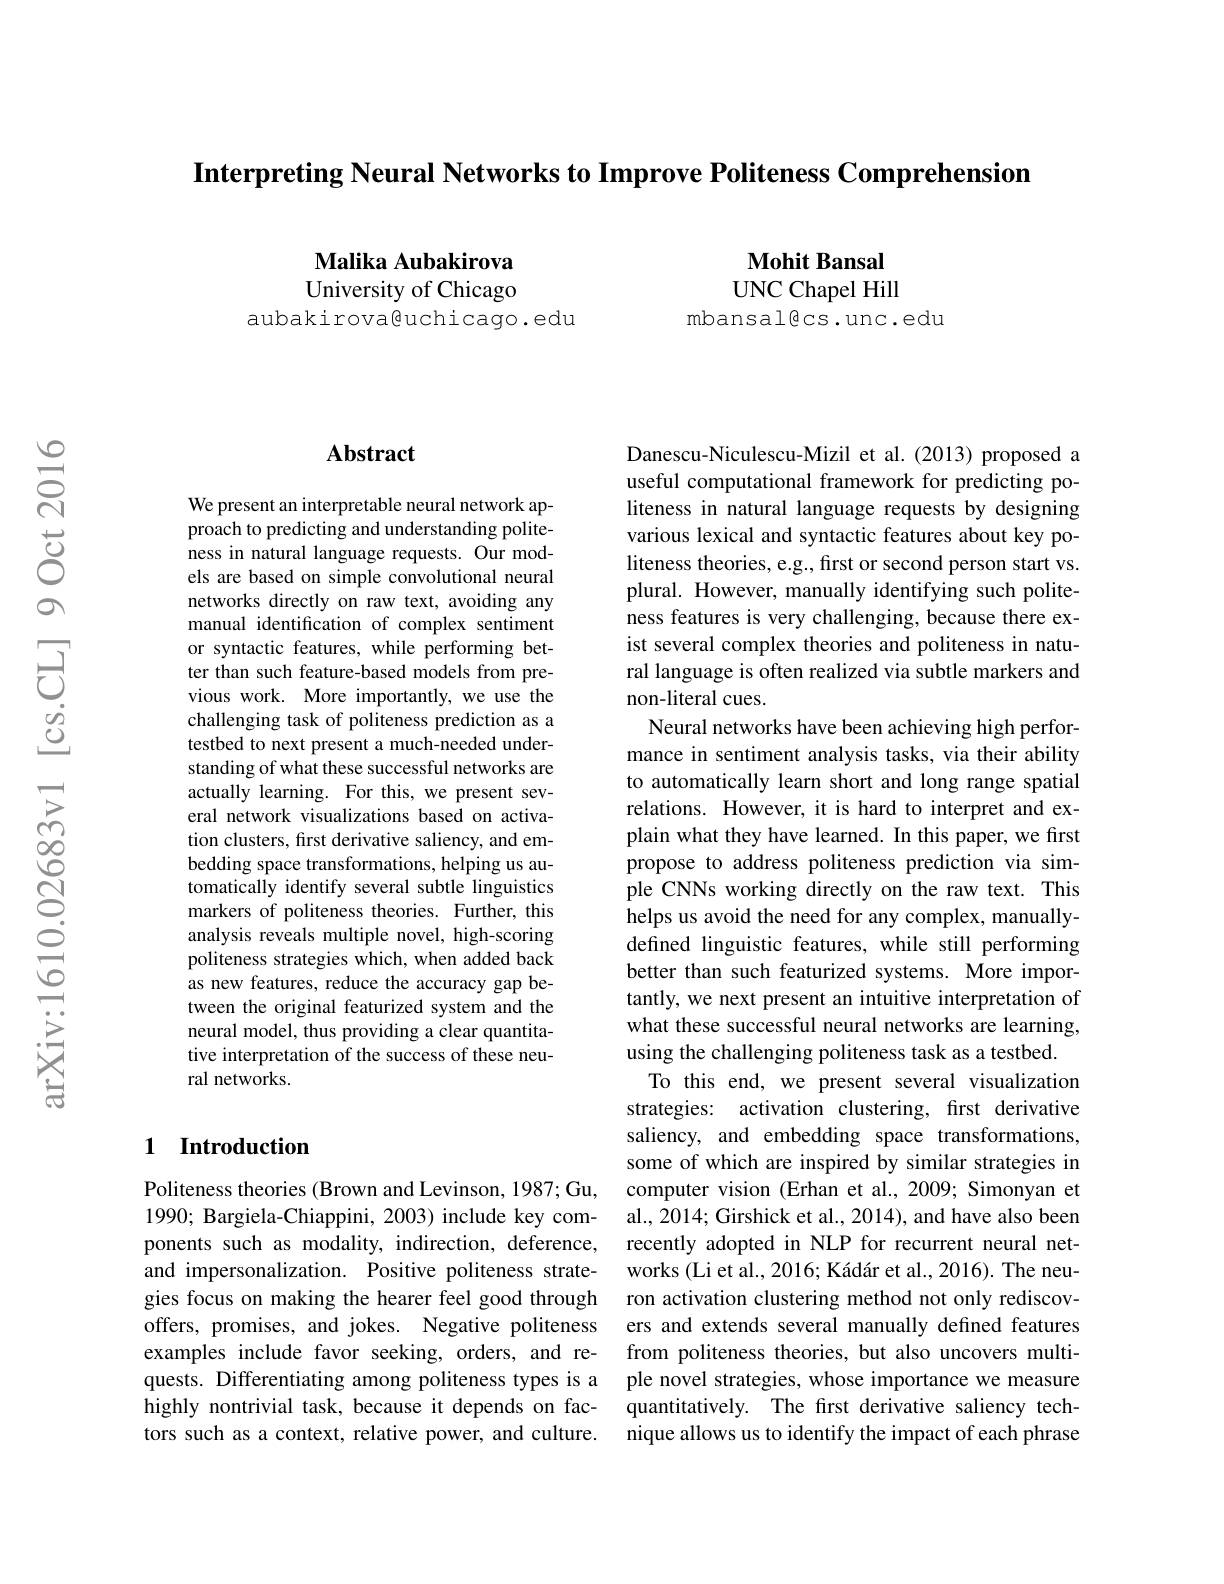
Interpreting Neural Networks to Improve Politeness Comprehension

Malika Aubakirova University of Chicago
aubakirova@uchicago.edu

$\mathbf{Mohit}$ Bansal UNC Chapel Hill
mbansalecs.unc.edu

### $\mathbf{Abstract}$

We present an interpretable neural network approach to predicting and understanding politeness in natural language requests. Our models are based on simple convolutional neural networks directly on raw text, avoiding any manual identification of complex sentiment or syntactic features, while performing better than such feature-based models from previous work. More importantly, we use the challenging task of politeness prediction as a testbed to next present a much-needed understanding of what these successful networks are actually learning. For this, we present several network visualizations based on activation clusters, first derivative saliency, and embedding space transformations, helping us automatically identify several subtle linguistics markers of politeness theories. Further, this analysis reveals multiple novel, high-scoring politeness strategies which, when added back as new features, reduce the accuracy gap between the original featurized system and the neural model, thus providing a clear quantitative interpretation of the success of these neural networks.

## 1 Introduction

Politeness theories (Brown and Levinson, 1987; Gu, 1990; Bargiela-Chiappini, 2003) include key comand impersonalization. Positive politeness stratetors such as a context, relative power, and culture.

Danescu-Niculescu-Mizil et al.(2013) proposed a useful computational framework for predicting politeness in natural language requests by designing various lexical and syntactic features about key politeness theories, e.g., first or second person start vs. plural. However, manually identifying such politeness features is very challenging, because there exist several complex theories and politeness in natural language is often realized via subtle markers and non-literal cues.
Neural networks have been achieving high performance in sentiment analysis tasks, via their ability to automatically learn short and long range spatial relations. However, it is hard to interpret and explain what they have learned. In this paper, we first propose to address politeness prediction via simple CNNs working directly on the raw text. This helps us avoid the need for any complex, manuallydefined linguistic features, while still performing better than such featurized systems. More importantly, we next present an intuitive interpretation of what these successful neural networks are learning, using the challenging politeness task as a testbed.
To this end, we present several visualization strategies: activation clustering, first derivative saliency, and embedding space transformations, some of which are inspired by similar strategies in computer vision (Erhan et al., 2009; Simonyan et al., 2014; Girshick et al., 2014), and have also been
ponents such as modality, indirection, deference, recently adopted in NLP for recurrent neural net-
works (Li et al., 2016; Kádár et al., 2016). The neu-
gies focus on making the hearer feel good through ron activation clustering method not only rediscovoffers, promises, and jokes. Negative politeness ers and extends several manually defined features examples include favor seeking, orders, and re- from politeness theories, but also uncovers multiquests. Differentiating among politeness types is a ple novel strategies, whose importance we measure highly nontrivial task, because it depends on fac- quantitatively. The first derivative saliency tech-
nique allows us to identify the impact of each phrase